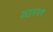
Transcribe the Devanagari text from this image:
कलमनाव